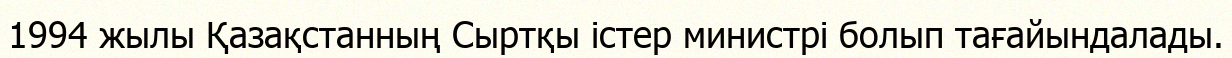
1994 жылы Қазақстанның Сыртқы істер министрі болып тағайындалады.